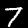
Label: 7